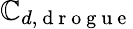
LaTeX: \mathbb{C}_{d,\mathrm{{~d~r~o~g~u~e~}}}